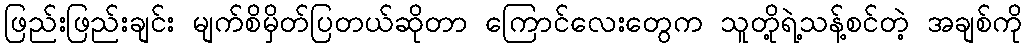
ဖြည်းဖြည်းချင်း မျက်စိမှိတ်ပြတယ်ဆိုတာ ကြောင်လေးတွေက သူတို့ရဲ့သန့်စင်တဲ့ အချစ်ကို